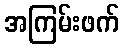
အကြမ်းဖက်